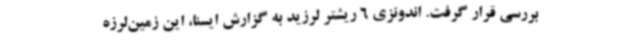
بررسی قرار گرفت. اندونزی 6 ریشتر لرزید به گزارش ایسنا، این زمین‌لرزه